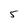
Character: 5